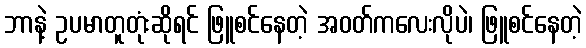
ဘာနဲ့ ဥပမာတူတုံးဆိုရင် ဖြူစင်နေတဲ့ အဝတ်ကလေးလိုပဲ၊ ဖြူစင်နေတဲ့